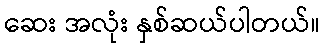
ဆေး အလုံး နှစ်ဆယ်ပါတယ်။